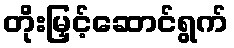
တိုးမြှင့်ဆောင်ရွက်